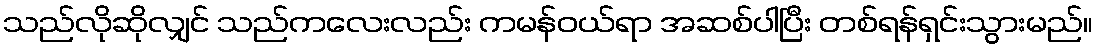
သည်လိုဆိုလျှင် သည်ကလေးလည်း ကမန်ဝယ်ရာ အဆစ်ပါပြီး တစ်ရန်ရှင်းသွားမည်။